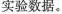
实验数据。